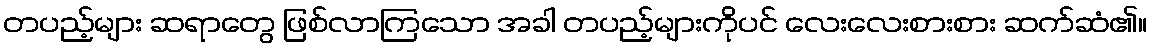
တပည့်များ ဆရာတွေ ဖြစ်လာကြသော အခါ တပည့်များကိုပင် လေးလေးစားစား ဆက်ဆံ၏။